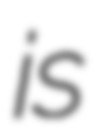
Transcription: is